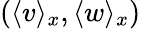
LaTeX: (\langle v\rangle_{x},\langle w\rangle_{x})